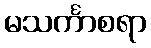
မသင်္ကာစရာ